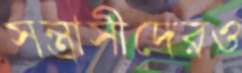
সন্ত্রাসীদেরও